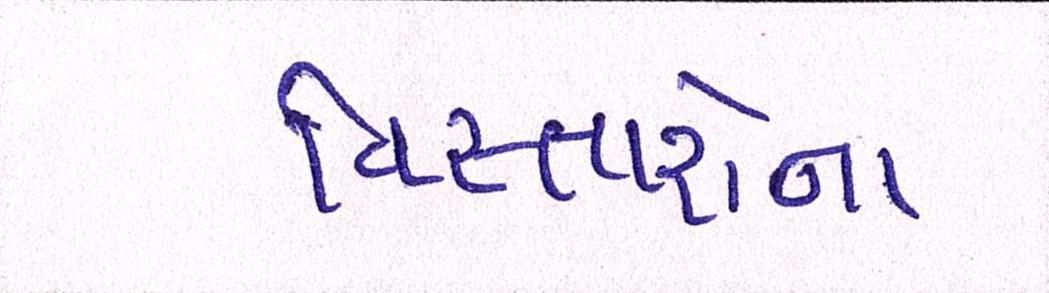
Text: વિસ્તારોના